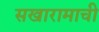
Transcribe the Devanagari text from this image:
सखारामाची